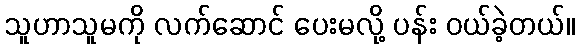
သူဟာသူမကို လက်ဆောင် ပေးမလို့ ပန်း ဝယ်ခဲ့တယ်။